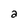
Character: a